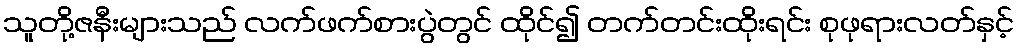
သူတို့ဇနီးများသည် လက်ဖက်စားပွဲတွင် ထိုင်၍ တက်တင်းထိုးရင်း စုဖုရားလတ်နှင့်